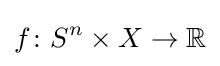
f\colon S^{n}\times X\to \mathbb {R}